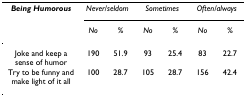
<table><thead><tr><td><b><i>Being Humorous</i></b></td><td colspan="2"><b><i>Never/seldom</i></b></td><td colspan="2"><b><i>Sometimes</i></b></td><td colspan="2"><b><i>Often/always</i></b></td></tr><tr><td></td><td><b><i>No</i></b></td><td><b><i>%</i></b></td><td><b><i>No</i></b></td><td><b><i>%</i></b></td><td><b><i>No</i></b></td><td><b><i>%</i></b></td></tr></thead><tbody><tr><td>Joke and keep a sense of humor</td><td>190</td><td>51.9</td><td>93</td><td>25.4</td><td>83</td><td>22.7</td></tr><tr><td>Try to be funny and make light of it all</td><td>100</td><td>28.7</td><td>105</td><td>28.7</td><td>156</td><td>42.4</td></tr></tbody></table>